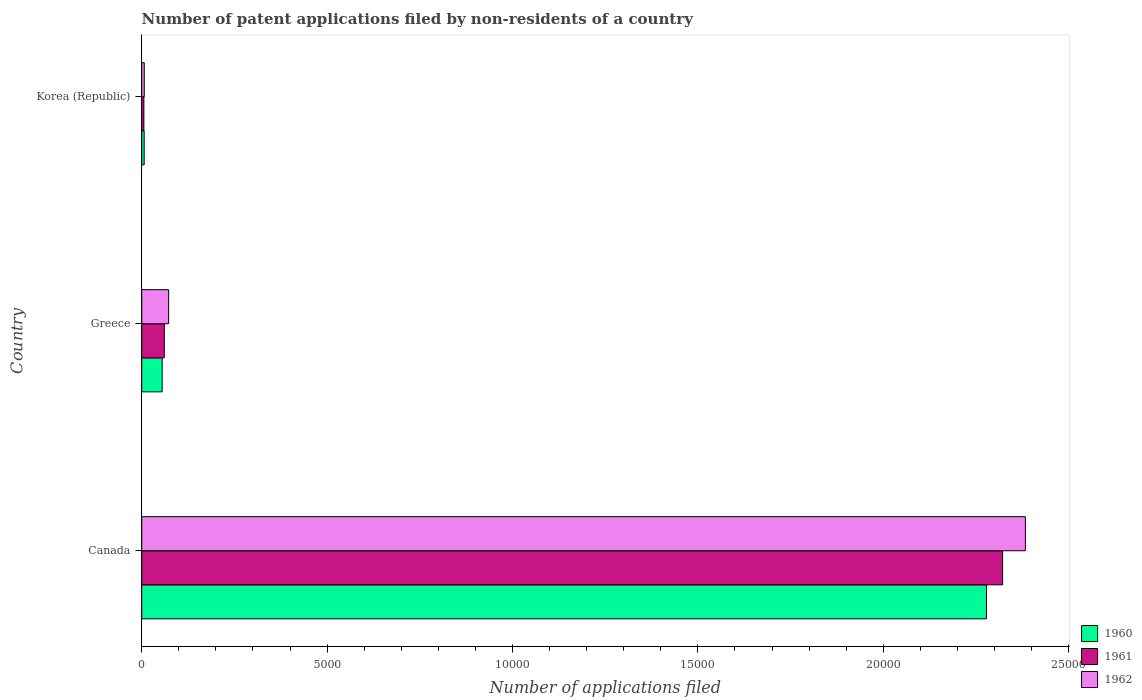
| Country | 1960 | 1961 | 1962 |
 | --- | --- | --- | --- |
 | Canada | 2.28e+04 | 2.32e+04 | 2.38e+04 |
 | Greece | 551 | 609 | 726 |
 | Korea (Republic) | 66 | 58 | 68 |